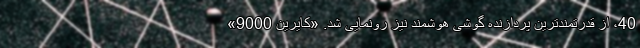
40، از قدرتمندترین پردازنده گوشی هوشمند نیز رونمایی شد. «کایرین 9000»